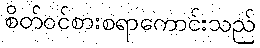
စိတ်ဝင်စားစရာကောင်းသည်